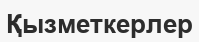
Қызметкерлер